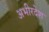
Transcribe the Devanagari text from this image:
अभीरदेश